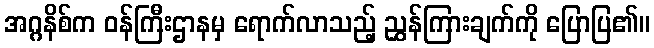
အဂ္ဂနိစ်က ဝန်ကြီးဌာနမှ ရောက်လာသည့် ညွှန်ကြားချက်ကို ပြောပြ၏။